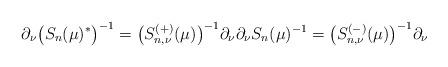
LaTeX: \begin{align*}\partial_\nu \big(S_n(\mu)^*\big)^{-1}=\big(S_{n,\nu}^{(+)}(\mu)\big)^{-1}\partial_\nu\partial_\nu S_n(\mu)^{-1}=\big(S_{n,\nu}^{(-)}(\mu)\big)^{-1}\partial_\nu\end{align*}